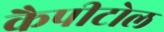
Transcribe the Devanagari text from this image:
कैपीटोल